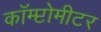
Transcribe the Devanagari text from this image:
कॉम्प्टोमीटर